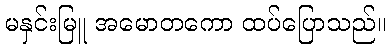
မနှင်းမြူ အမောတကော ထပ်ပြောသည်။